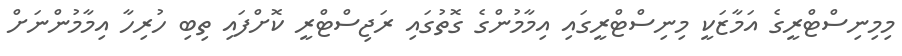
މިމިނިސްޓްރީގެ އަމާޒަކީ މިނިސްޓްރީގައި އިމާމުންގެ ގޮތުގައި ރަޖިސްޓްރީ ކޮށްފައި ތިބި ހުރިހާ އިމާމުންނަށް